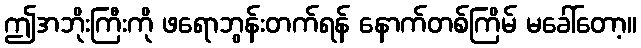
ဤအဘိုးကြီးကို ဖရောဘွန်းတက်ရန် နောက်တစ်ကြိမ် မခေါ်တော့။